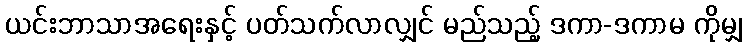
ယင်းဘာသာအရေးနှင့် ပတ်သက်လာလျှင် မည်သည့် ဒကာ-ဒကာမ ကိုမျှ